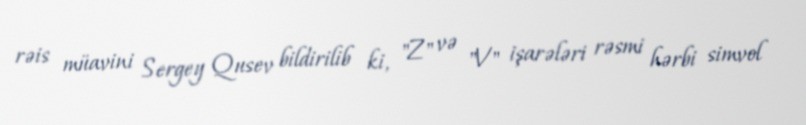
rəis müavini Sergey Qusev bildirilib ki, "Z" və "V" işarələri rəsmi hərbi simvol